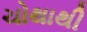
ચોથાથી